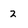
Character: 2